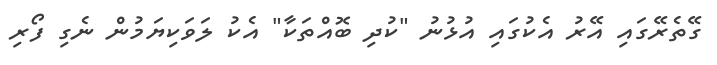
ގޭތެރޭގައި އޭރު އެކުގައި އުޅުނު "ކުދި ބޮއްތަކާ" އެކު ލަވަކިޔަމުން ނެގި ފޯރި